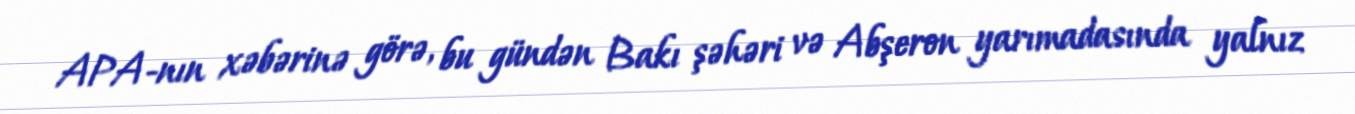
APA-nın xəbərinə görə, bu gündən Bakı şəhəri və Abşeron yarımadasında yalnız